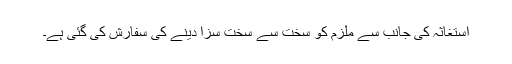
استغاثہ کی جانب سے ملزم کو سخت سے سخت سزا دینے کی سفارش کی گئی ہے۔